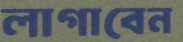
লাগাবেন